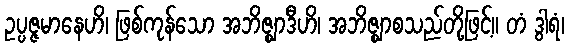
ဥပ္ပဇ္ဇမာနေဟိ၊ ဖြစ်ကုန်သော အဘိဇ္ဈာဒီဟိ၊ အဘိဇ္ဈာစသည်တို့ဖြင့်။ တံ ဒွါရံ၊